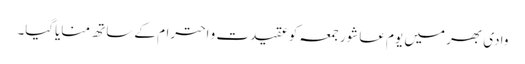
وادی بھر میں یوم عاشور جمعہ کوعقیدت و احترام کے ساتھ منایاگیا۔